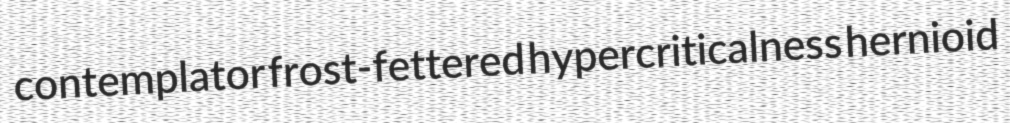
contemplator frost-fettered hypercriticalness hernioid